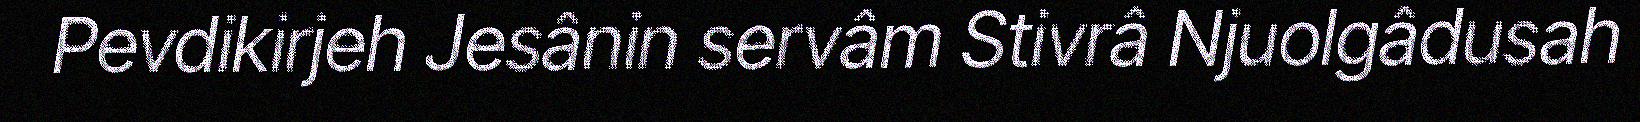
Pevdikirjeh Jesânin servâm Stivrâ Njuolgâdusah